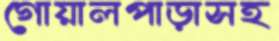
গোয়ালপাড়াসহ